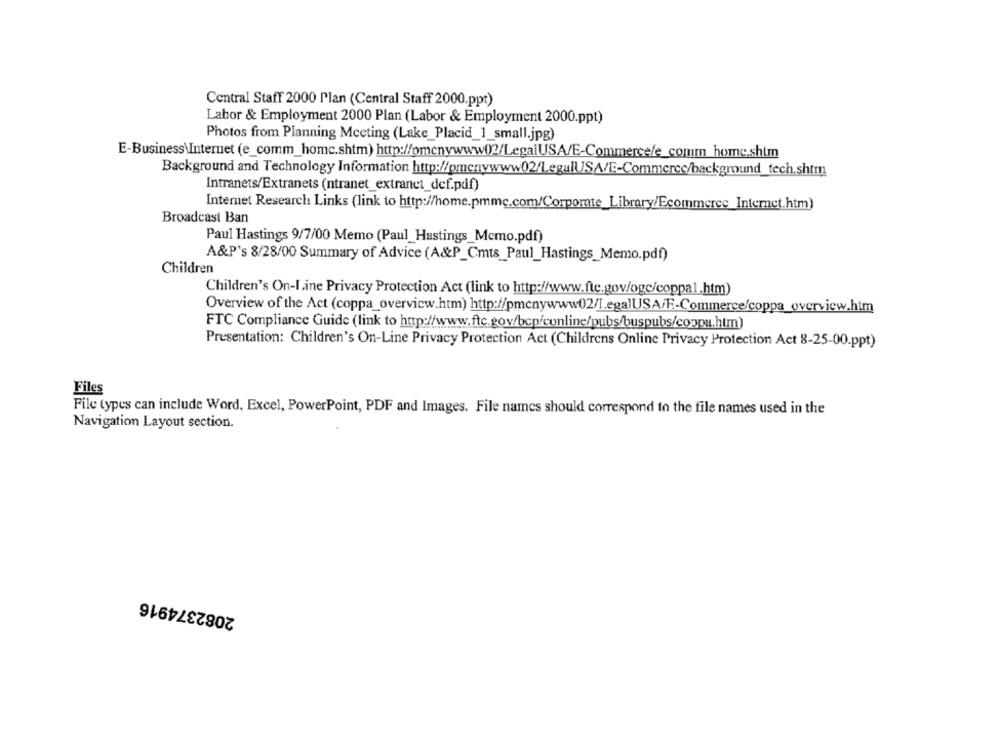
Central Staff 2000 Plan (Central Staff 2000.ppt)
Labor & Employment 2000 Plan (Labor & Employment 2000.ppt)
Photos from Planning Meeting (Lake_Placid_1_small.jpg)
E-Business\Internet (e_comm_homc.shtm) http://pmcnywww02/LegalUSA/E-Commerce/e_comm_home.shim
Background and Technology Information http://pmenywww02/LegalUSA/E-Commerce/background_tech.shtm
Intranets/Extranets (ntranet_extranet_def.pdf)
Internet Research Links (link to http://home.pmmc.com/Corporate_Library/Ecommerce_Internet.htm)
Broadcast Ban
Paul Hastings 9/7/00 Memo (Paul_Hastings_Memo.pdf)
A&P's 8/28/00 Summary of Advice (A&P_Cmts_Paul_Hastings_Memo.pdf)
Children
Children's On-line Privacy Protection Act (link to http://www.fte.gov/ogc/coppal.htm)
Overview of the Act (coppa_overview.htm) http://pmcnywww02/I.egalUSA/F .- Commerce/coppa_overview.htm
FTC Compliance Guide (link to http://www.fte.gov/bcp/conline/pubs/buspubs/coppa.htm)
Presentation: Children's On-Line Privacy Protection Act (Childrens Online Privacy Protection Act 8-25-00.ppt)
Files
File types can include Word, Excel, PowerPoint, PDF and Images. File names should correspond to the file names used in the
Navigation Layout section.
2082374916